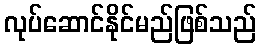
လုပ်ဆောင်နိုင်မည်ဖြစ်သည်